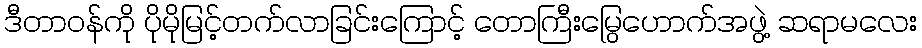
ဒီတာဝန်ကို ပိုမိုမြင့်တက်လာခြင်းကြောင့် တောကြီးမြွေဟောက်အဖွဲ့ ဆရာမလေး